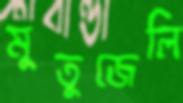
মুতুজেলি